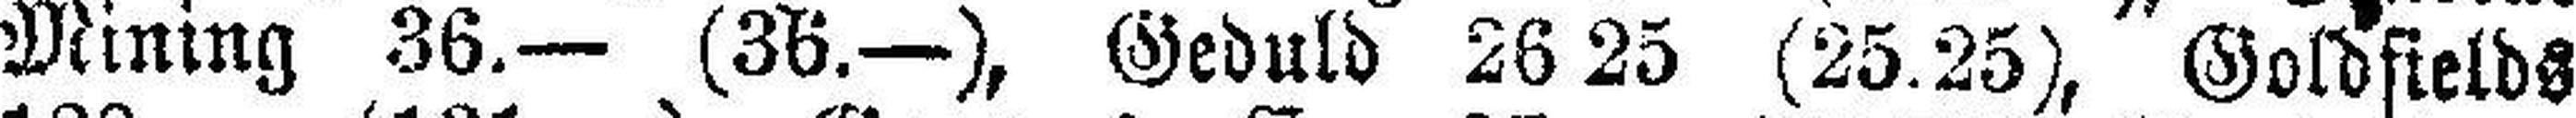
Mining 36.— (36.—), Geduld 26 25 (25.25), Goldfields